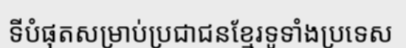
ទីបំផុតសម្រាប់ប្រជាជនខ្មែរទូទាំងប្រទេស